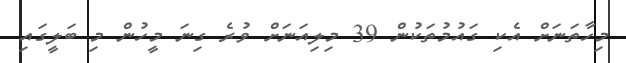
މިހާތަނަށް އެކި ގައުމުތަކުން 39 މިލިއަނަށް ވުރެ ގިނަ މީހުން މި ބަލީގައި